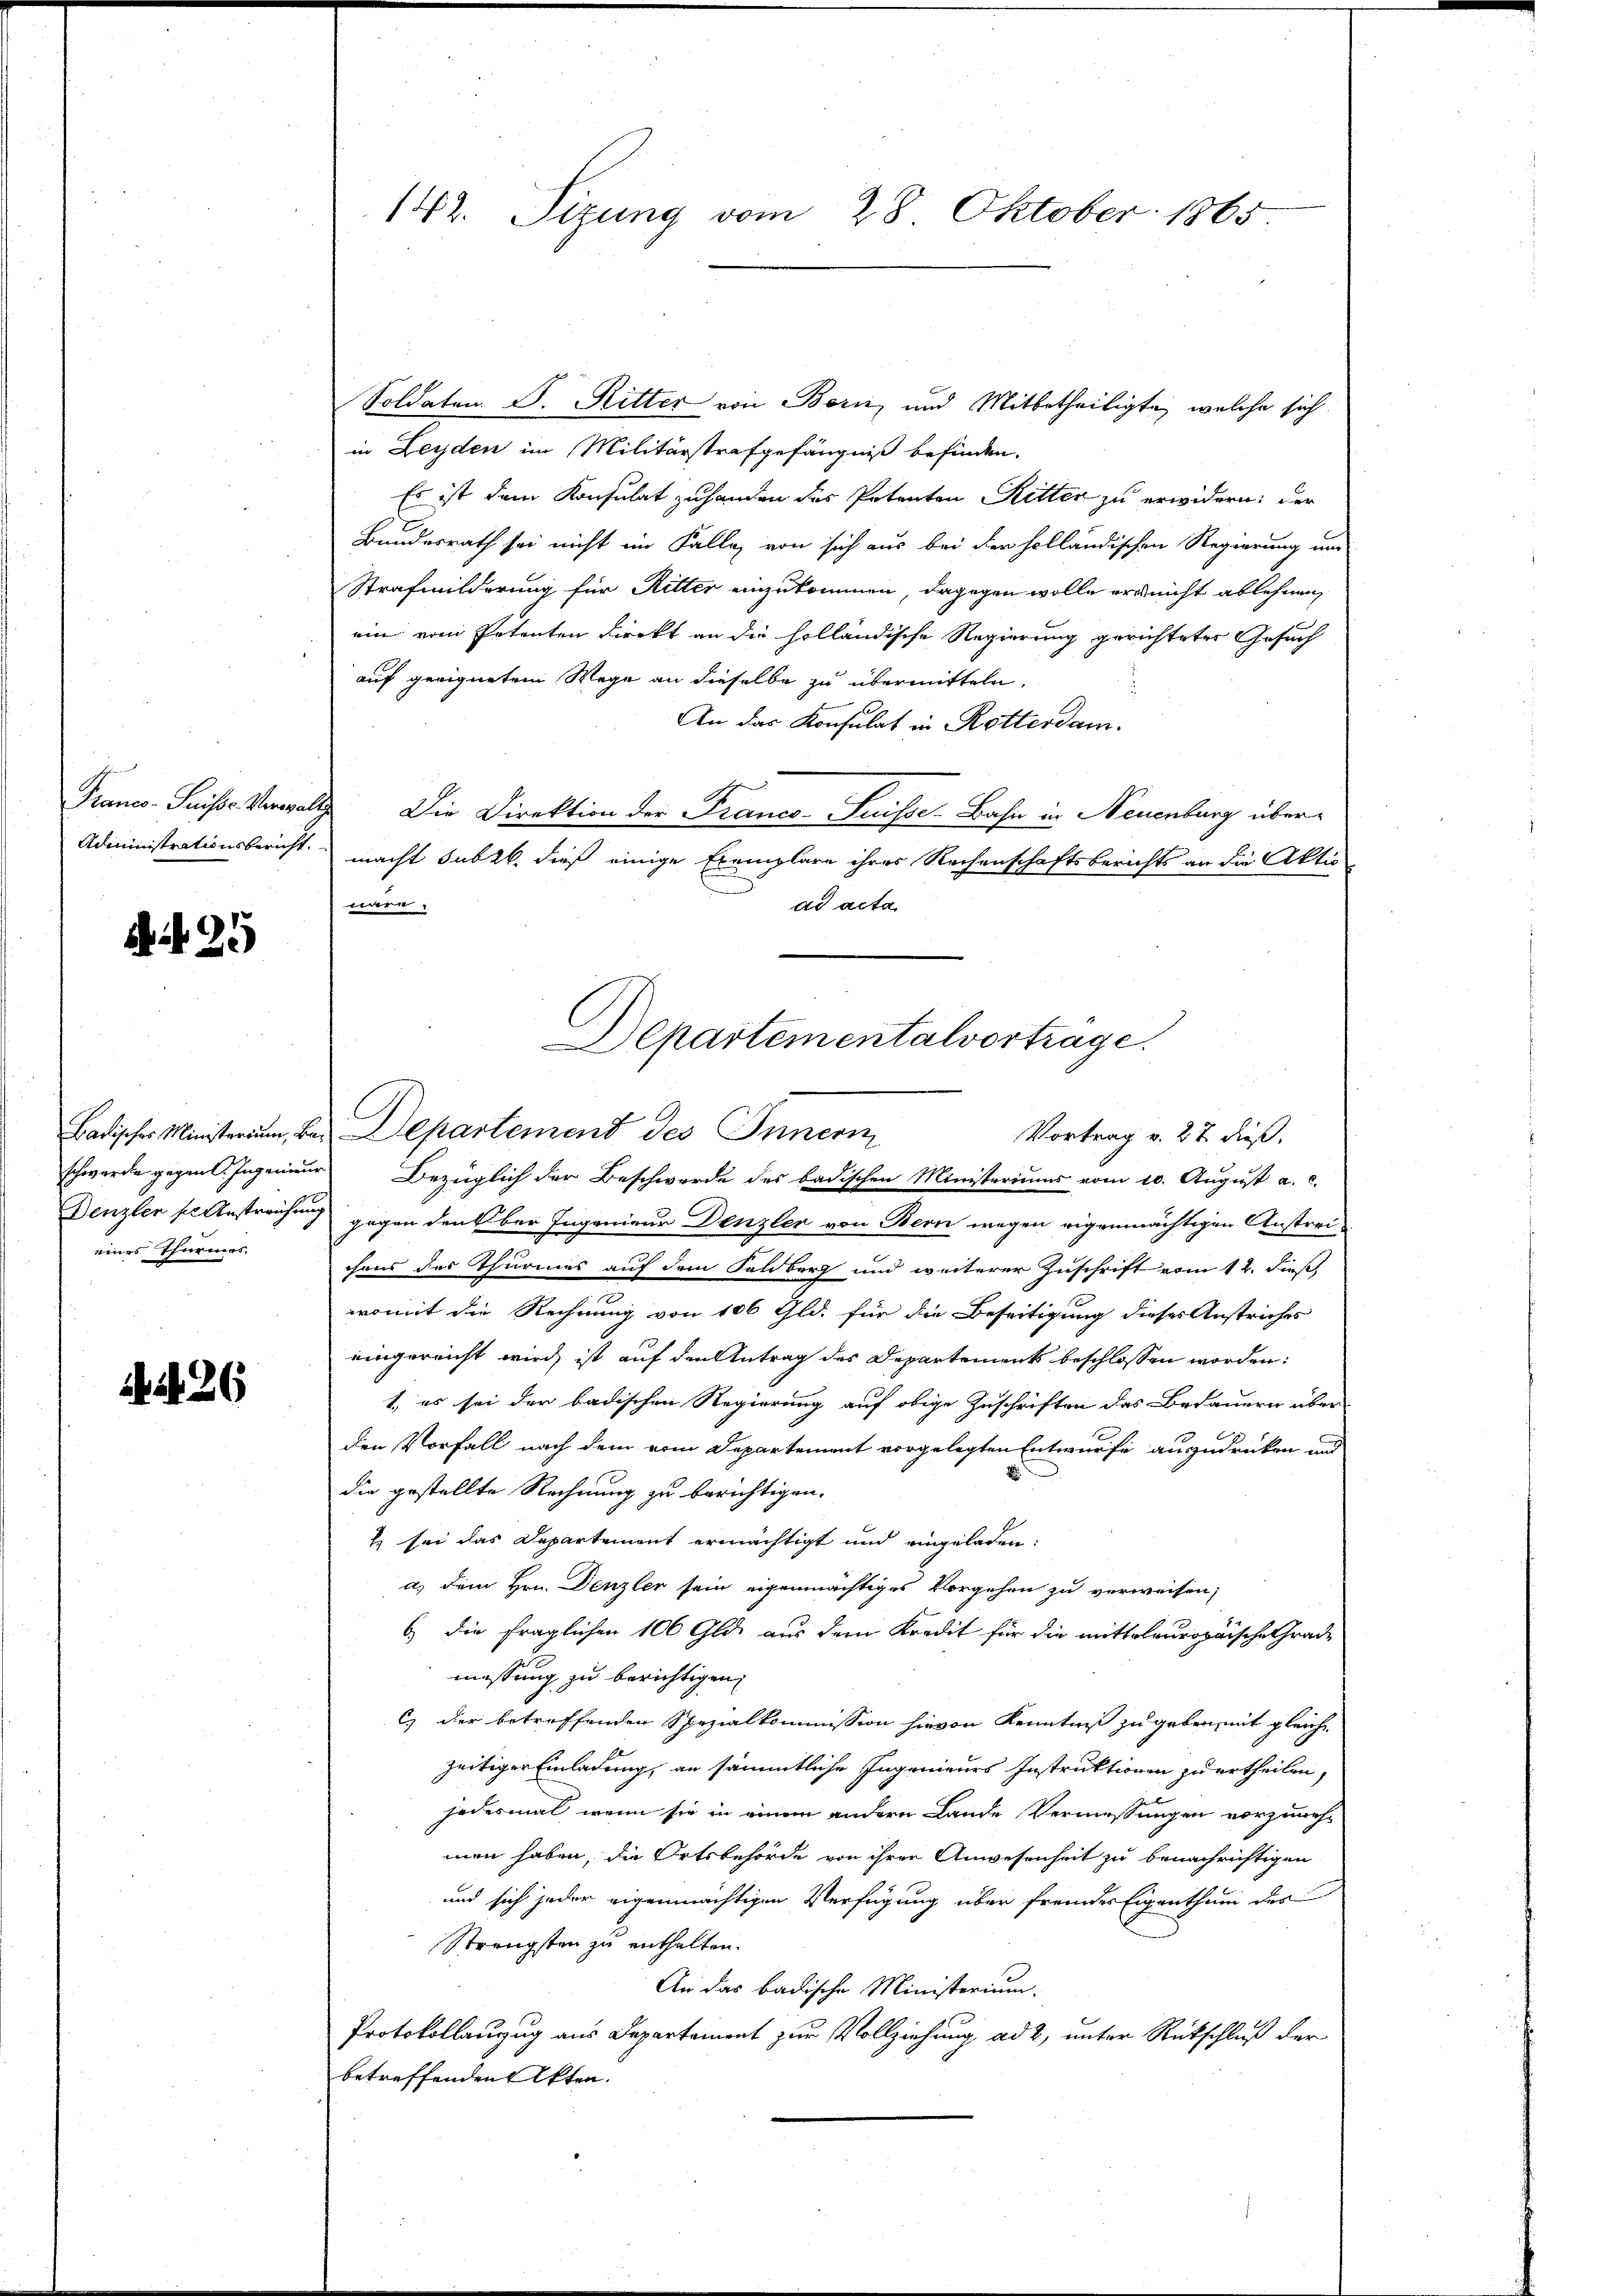
Franco- Puisse Moravat

. 95

eines Thurmes

26

142. Sizung vom 28. Oktober 1865.

Soldaten. D. Ritter von Bern, und Mitbetheiligte, welche sich
in Leyden im Militärstrafgefängniß befinden.
Es ist dem Konsulat zu handen des Petenten Ritter zu erwidern: der
Bundesrath sei nicht im Falle von sich aus bei der holländischen Regierung um
Strafmilderung für Ritter einzukommen, dagegen wolle er nicht ablehnen,
ein vom Petenten dienkt an die holländische Regierung gerichteter Gesuch
auf geeignetem Wege an dieselbe zu übermitteln,
An das Konsulat in Rotterdam.
d Die Direktion der Franco-Suisse Bahn in Neuenburg über¬
Administrationsbericht macht subrb. dieß einige Exemplare ihres Rechenschaftsberichts an die Aktio
en
ad acta
Badischer Ministerum, bei Departement des Innern
Vortrag v. 27 dieß.
schwerde gegen C. Ingenieur Bezüglich der Beschwerde des badischen Ministeriums vom 10. August a. c.
Denzler se Anstreichung gegen denk ber Ingenieur Denzler von Bern wegen eigenmächtigen Anstreichaus des Thurmes auf dem Selberg und weiterer Zuschrift vom 12. dieß,
womit die Rechnung von 106 Gld. für die Beseitigung dieses Anstriches
eingereicht wird, ist auf den Antrag des Departements beschlossen worden:
1., es sei der badischen Regierung auf obige Zuschriften das Bedauern über-
den Vorfall nach dem vom Departement vorgelegten Entwurfe auszudrücken und
die gestellte Rechnung zu berichtigen.
E sei das Departement ermächtigt und eingeladen:
a) dem Hrn. Denzler sein eigenmächtiges Vorgehen zu verweisen,
E die fraglichen 100 Gld. aus dem Kredit für die mittelouropaische Grade
messung zu berichtigen.
C) der betreffenden Spezialkommission hievon Kenntniß zu geben mit gleiche
zeitiger Einladung, an sämmtliche Ingenieurs Instruktionen zu ertheilen,
jedesmal wenn sie in einem andern Lande Vermessungen vorzunehmen haben, die Ortsbehörde von ihrer Anwesenheit zu benachrichtigen
und sich jeder eigenmächtigen Verfügung über fremdes Eigenthum des
Strengsten zu enthalten.
An das badische Ministerium.
Protokollauzug aus Departement zur Vollziehung ad 2, unter Rückschluß der
betreffenden Akten.

Departementalvortrage.